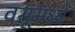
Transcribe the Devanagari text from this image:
वसूंमध्यें